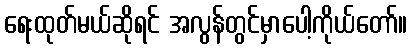
ရေးထုတ်မယ်ဆိုရင် အလွန်တွင်မှာပေါ့ကိုယ်တော်။